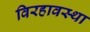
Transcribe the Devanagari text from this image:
विरहावस्था